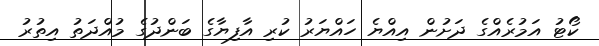
ކޯޓު އަމުރެއްގެ ދަށުން އިއްޔެ ހައްޔަރު ކުރި އާފިޔާގެ ބަންދުގެ މުއްދަތު އިތުރު